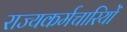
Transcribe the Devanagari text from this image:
राज्यकर्मचारियों